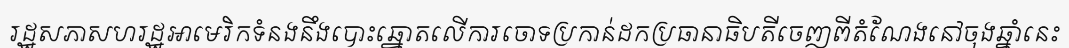
រដ្ឋសភាសហរដ្ឋអាមេរិកទំនងនឹងបោះឆ្នោតលើការចោទប្រកាន់ដកប្រធានាធិបតីចេញពីតំណែងនៅចុងឆ្នាំនេះ